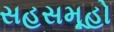
સહસમૂહો